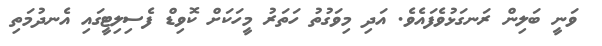
ވަނީ ބަލިން ރަނގަޅުވެފައެވެ. އަދި މިވަގުތު ހަތަރު މީހަކަށް ކޮވިޑް ފެސިލިޓީގައި އެނދުމަތި